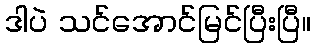
ဒါပဲ သင်အောင်မြင်ပြီးပြီ။